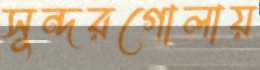
সুন্দরগোলায়